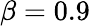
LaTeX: \beta=0.9